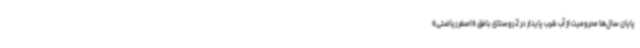
پایان سال‌ها محرومیت از آب شرب پایدار در 2 روستای بافق «اصغر ریاضتی»